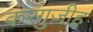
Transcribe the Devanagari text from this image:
करगुज़ीह